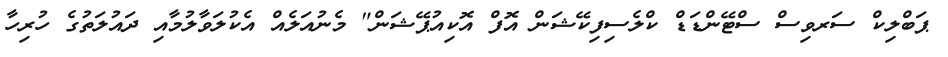
ޕަބްލިކް ސަރވިސް ސްޓޭންޑަޑް ކްލެސިފިކޭޝަން އޮފް އޮކިއުޕޭޝަން" މެނުއަލެއް އެކުލަވާލުމާއި ދައުލަތުގެ ހުރިހާ